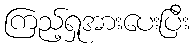
ကြည့်ရှုအားပေးပြီး